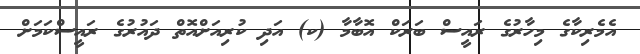
އެމެރިކާގެ މިހާރުގެ ރައީސް ބަރަކް އޮބާމާ (ކ) އަދި ކުރިއަށްއޮތް ދައުރުގެ ރައީސްކަމަށް